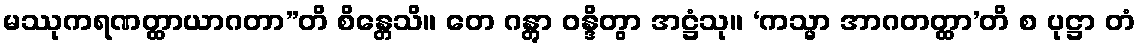
မဿုကရဏတ္ထာယာဂတာ”တိ စိန္တေသိ။ တေ ဂန္တွာ ဝန္ဒိတွာ အဋ္ဌံသု။ ‘ကသ္မာ အာဂတတ္ထာ’တိ စ ပုဋ္ဌာ တံ